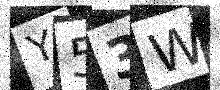
Text: Y53W